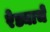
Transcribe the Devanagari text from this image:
रेड्याचे